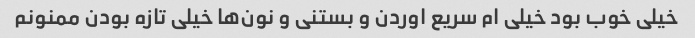
خیلی خوب بود خیلی ام سریع اوردن و بستنی و نون‌ها خیلی تازه بودن ممنونم